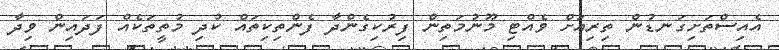
އެއިސްތަށިގަނޑުން ތިރިއަށް ވެއްޓި މޫނުމަތިން ފިރުކިގެންދާ ފެންތިކިތައް ކުދި މުތީތަކެއް ފަދައިން ވިދާ